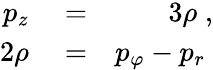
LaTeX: \begin{array}{rlr}{p_{z}}&{{}=}&{3\rho\; ,}\\ {2\rho}&{{}=}&{p_{\varphi}-p_{r}\; }\end{array}